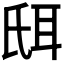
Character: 𦕌